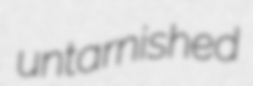
untarnished